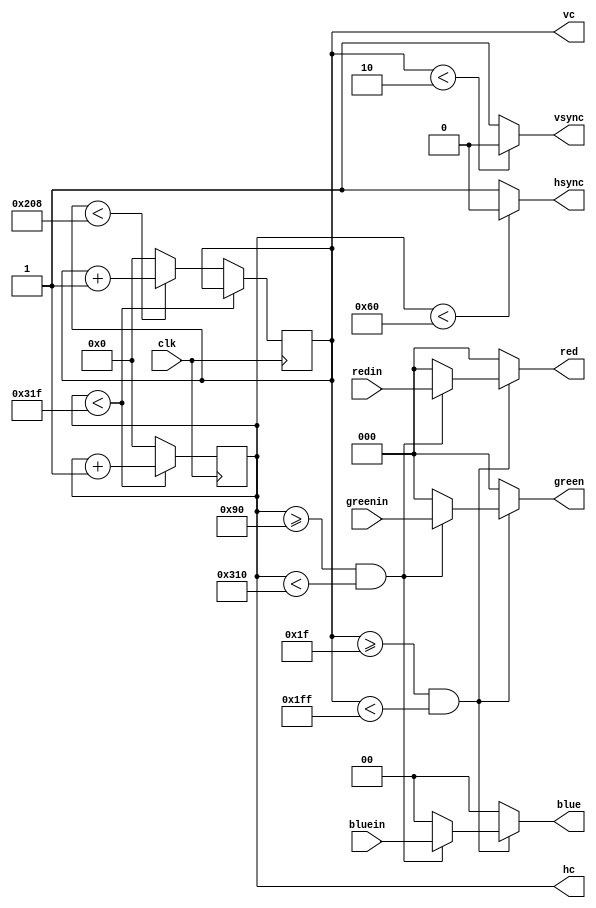
module vga640x480(
    input  wire clk,
	 input  wire [2:0] redin,
	 input  wire [2:0] greenin,
	 input  wire [1:0] bluein,
	 output reg [9:0] hc,
    output reg [9:0] vc,
	 output wire hsync,
	 output wire vsync,
    output reg [2:0] red,
    output reg [2:0] green,
    output reg [1:0] blue
    );
	 
// Constantes de la estructura de video
parameter hpixels = 800;// Pixeles horizontales
parameter vlines = 521; // Lineas verticales
parameter hpulse = 96; 	// hsync pulse length
parameter vpulse = 2; 	// vsync pulse length
parameter hbp = 144; 	// Fin del    "back-porch"  horizontal
parameter hfp = 784; 	// Inicio del "front-porch" horizontal
parameter vbp = 31; 		// Fin del    "back-porch"  vertical
parameter vfp = 511; 	// Inicio del "front-porch" vertical
// Zona horizontal: 784 - 144 = 640
// Zona vertical: 511 - 31 = 480

// Las asignaciones solo pueden ser "non-blocking": <=
always @(posedge clk)
begin
	if (hc < hpixels - 1)					// Se cuenta hasta los 800 pixeles (fin de la lnea)
		hc <= (hc + 1'b1);
	else											// Se llega al fin de la lnea
	begin
		hc <= 0;
		if (vc < vlines - 1)
			vc <= (vc + 1'b1);
		else
			vc <= 0;
	end
end

// Se generan los pulsos de sincronizacin (activo en 0)
assign hsync = (hc < hpulse) ? 1'b0:1'b1;
assign vsync = (vc < vpulse) ? 1'b0:1'b1;

// Se dibuja en pantalla 
always @(*)
begin
	if (vc >= vbp && vc < vfp)					// Si est en el rango vertical
	begin
		if (hc >= hbp && hc < (hbp+640))		// Si est en el rango horizontal
		begin
			red = redin;
			green = greenin;
			blue = bluein;
		end
		else											// afuera del rango horizontal negro
		begin
			red = 0;
			green = 0;
			blue = 0;
		end
	end
	else												// afuera del rango vertical negro
	begin
		red = 0;
		green = 0;
		blue = 0;
	end
end

endmodule